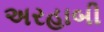
અરહાબી